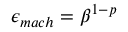
\epsilon _ { m a c h } = \beta ^ { 1 - p }